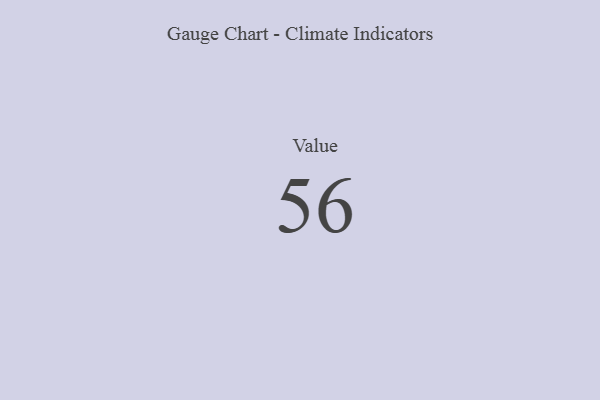
{"axis": {"x": "Metric", "y": "Value"}, "legend": [""], "data": [{"x": "Value", "y": 56, "type": ""}]}